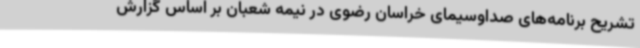
تشریح برنامه‌های صداوسیمای خراسان رضوی در نیمه شعبان بر اساس گزارش